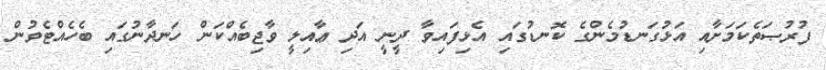
ފުރުޞަތެކަމަށާއި އަޅުގަނޑުމެންގެ ކޮނޑުގައި އެޅިފައިވާ ދީނީ އަދި ޢާއިލީ ވާޖިބެއްކަން ހަނދާނުގައި ބެހެއްޓެވުން